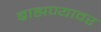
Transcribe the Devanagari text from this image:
ब्राह्मण्यावर